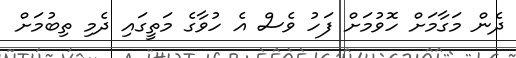
ދެން މަގާމަށް ހޮވުމަށް ފަހު ވެސް އެ ހުވާގެ މަތީގައި ދެމި ތިބުމަށް